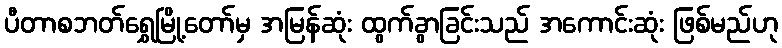
ပီတာစဘတ်ရွှေမြို့တော်မှ အမြန်ဆုံး ထွက်ခွာခြင်းသည် အကောင်းဆုံး ဖြစ်မည်ဟု